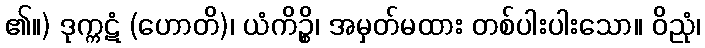
၏။) ဒုက္ကဋံ (ဟောတိ)၊ ယံကိဉ္စိ၊ အမှတ်မထား တစ်ပါးပါးသော။ ဝိညုံ၊